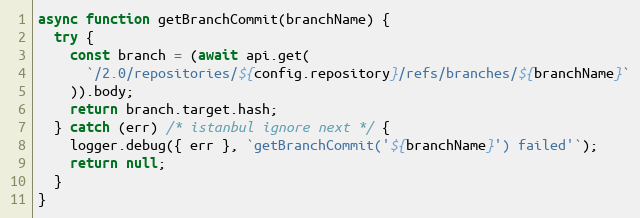
Language: JavaScript
async function getBranchCommit(branchName) {
  try {
    const branch = (await api.get(
      `/2.0/repositories/${config.repository}/refs/branches/${branchName}`
    )).body;
    return branch.target.hash;
  } catch (err) /* istanbul ignore next */ {
    logger.debug({ err }, `getBranchCommit('${branchName}') failed'`);
    return null;
  }
}